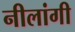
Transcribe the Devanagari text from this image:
नीलांगी